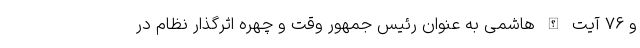
و ۷۶ آیت الله هاشمی به عنوان رئیس جمهور وقت و چهره اثرگذار نظام در